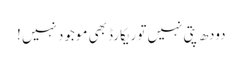
دودھ پتی نہیں تو ریکارڈ بھی موجود نہیں !